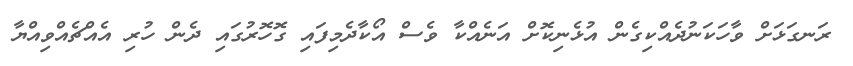
ރަނގަޅަށް ވާހަކަނުދެއްކިގެން އުޅެނިކޮށް އަނެއްކާ ވެސް އޯކާދެމިފައި ގޮހޮރުގައި ދެން ހުރި އެއްޗެއްވިއްޔާ